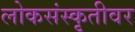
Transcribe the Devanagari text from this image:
लोकसंस्कृतीवर